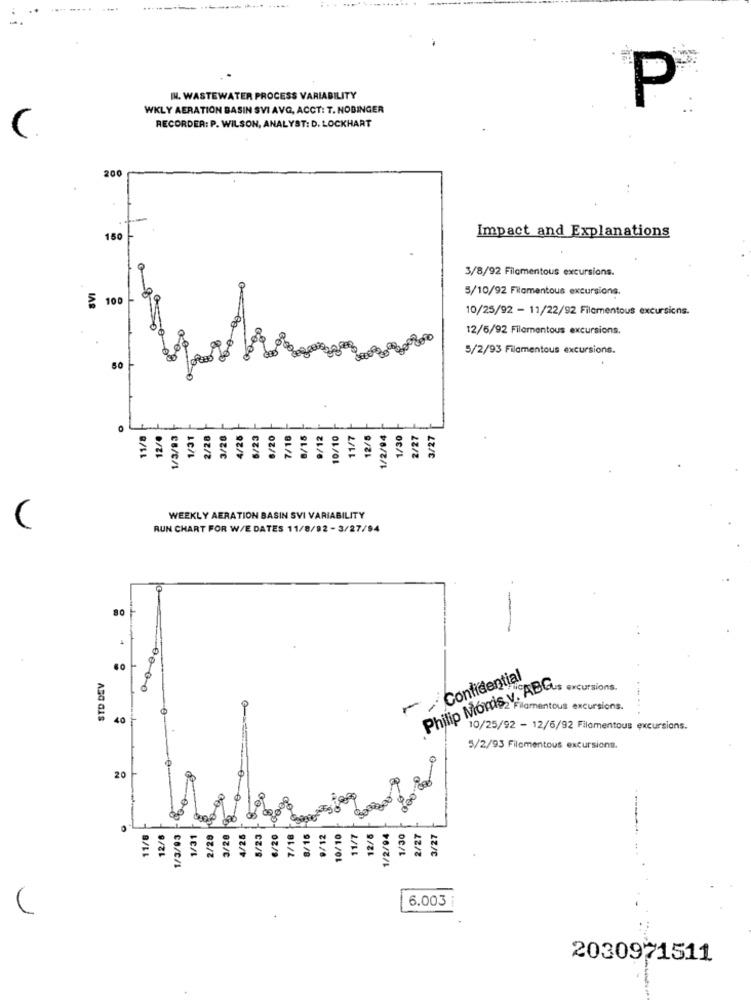
IN. WASTEWATER PROCESS VARIABILITY
P
WKLY AERATION BASIN SVI AVG, ACCT: T. NOBINGER
RECORDER: P. WILSON, ANALYST: D. LOCKHART
C.
200
Impact and Explanations
150
3/8/92 Filamentous excursions.
5/10/92 Filamentous excursions.
100
10/25/92 - 11/22/92 Filamentous excursions.
12/5/92 Filamentous excursions.
5/2/93 Filamentous excursions.
50
11/8
12/
1/3/83
1/31
2/20
3/20
4/25
5/23
8/20
7/18
8/15
9/12
10/10
11/7
12/5
1/2/94
1/30
2/27
3/27
WEEKLY AERATION BASIN SVI VARIABILITY
RUN CHART FOR W/E DATES 11/8/92 -3/27/94
STD DEV
/ Confidential
Philip Morris v. ABus excursions.
Filamentous excursions.
40
10/25/92 - 12/6/92 Filamentous excursions.
5/2/93 Filamentous excursions.
20
11/8
12/6
1/3/03
1/31
2/28
3/20
4/25
5/23
6/20
7/18
8/15
9/12
10/10
11/7
12/5
1/2/94
/30
2/27
3/27
6.003
2030971511